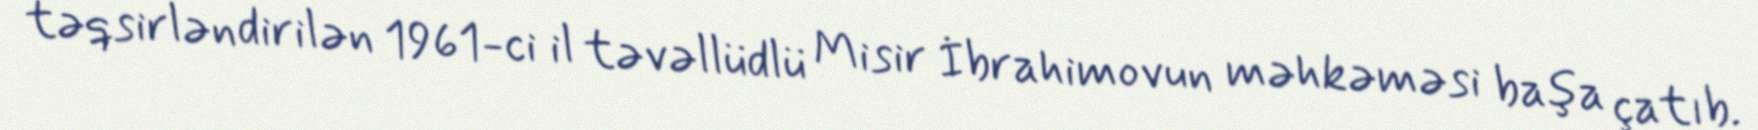
təqsirləndirilən 1961-ci il təvəllüdlü Misir İbrahimovun məhkəməsi başa çatıb.